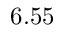
6 . 5 5